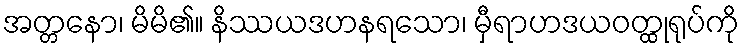
အတ္တနော၊ မိမိ၏။ နိဿယဒဟနရသော၊ မှီရာဟဒယဝတ္ထုရုပ်ကို